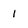
Character: 1